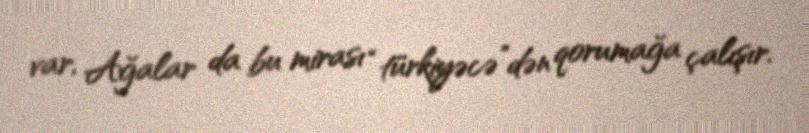
var, Ağalar da bu mirası “türkiyəcə”dən qorumağa çalışır.